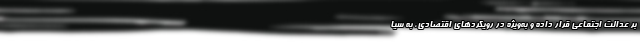
بر عدالت اجتماعی قرار داده و به‌ویژه در رویکردهای اقتصادی، به سیا